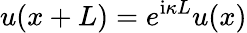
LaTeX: u(x+L)=e^{\mathrm{i}\kappa L}u(x)